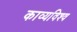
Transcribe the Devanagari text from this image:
काव्यविश्व